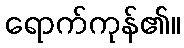
ရောက်ကုန်၏။